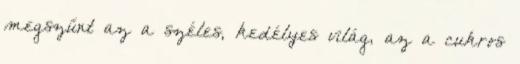
megszűnt az a széles, kedélyes világ, az a cukros